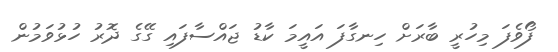
ފޯވެފަ މިހުރީ ބާރަށް ހިނގާފަ އައީމަ ކާޑު ޖައްސާފައި ގޭގެ ދޮރު ހުޅުވަމުން